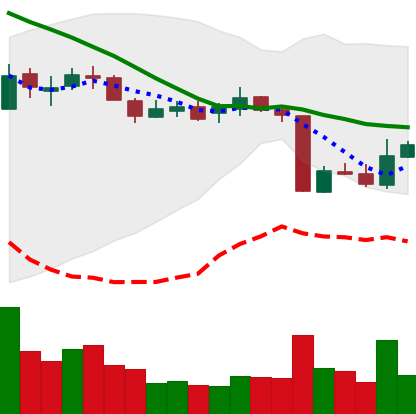
Ticker: XLM-USD
Chart end date: 2018-10-16
Forward return: 6.03%
Label: up_5_7